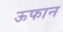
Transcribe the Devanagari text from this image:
ऊफान